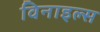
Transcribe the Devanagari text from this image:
विनाइल्स